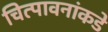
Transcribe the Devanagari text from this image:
चित्पावनांकडे